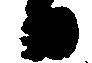
日